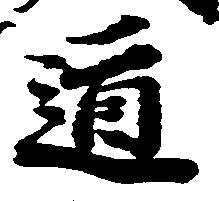
道